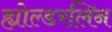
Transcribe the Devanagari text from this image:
ह्योल्डरलिन